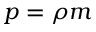
p = \rho m